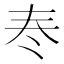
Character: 𡗫